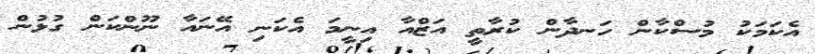
އެކަމަކު މުސްކާން ހަނދާން ކުރާތީ އަޒްއާ އިނީމަ އެކަނި އޭނައާ ނޫންކަން ގުޅުން